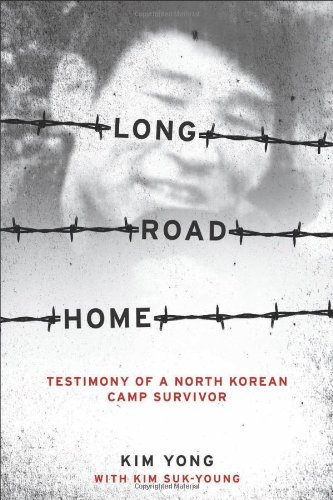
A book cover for Long Road Home: Testimony of a North Korean Camp Survivor; Yong Kim; History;